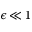
\epsilon \! \ll \! 1